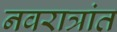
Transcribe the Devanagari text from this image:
नवरात्रांत